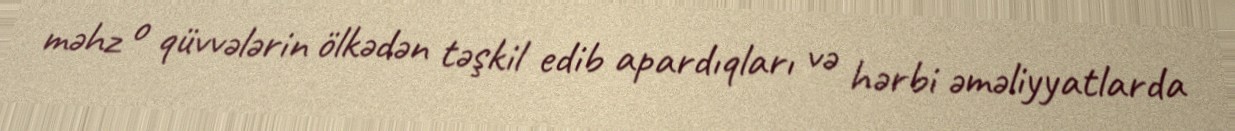
məhz o qüvvələrin ölkədən təşkil edib apardıqları və hərbi əməliyyatlarda